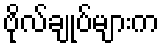
ဗိုလ်ချုပ်များက